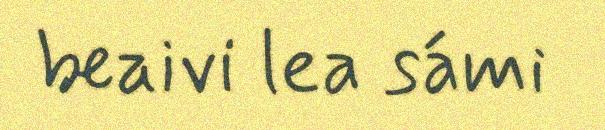
beaivi lea sámi